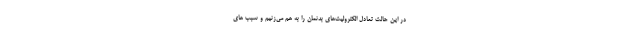
در این حالت تعادل الکترولیت‌های بدنمان را به هم می‌زنیم و سبب های